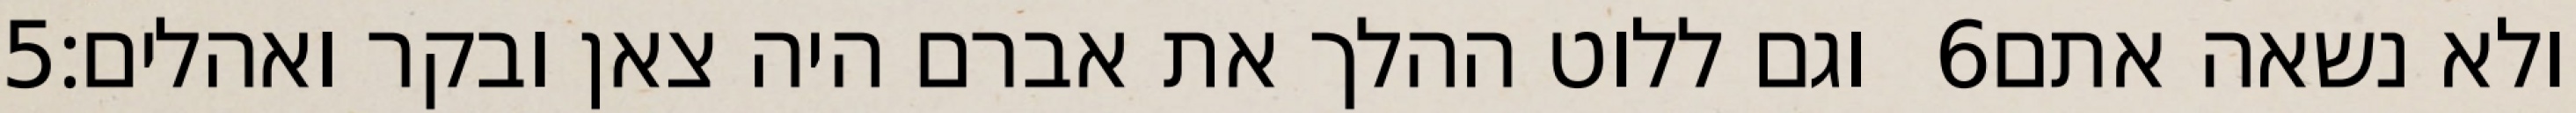
‎5‏ וגם ללוט ההלך את אברם היה צאן ובקר ואהלים׃ ‎6‏ ולא נשאה אתם